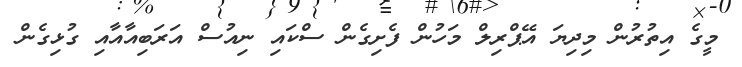
މީގެ އިތުރުން މިދިޔަ އޭޕްރިލް މަހުން ފެށިގެން ސްކައި ނިއުސް އަރަބިއާއާއި ގުޅިގެން